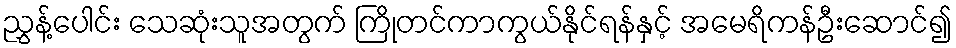
ညွှန့်ပေါင်း သေဆုံးသူအတွက် ကြိုတင်ကာကွယ်နိုင်ရန်နှင့် အမေရိကန်ဦးဆောင်၍